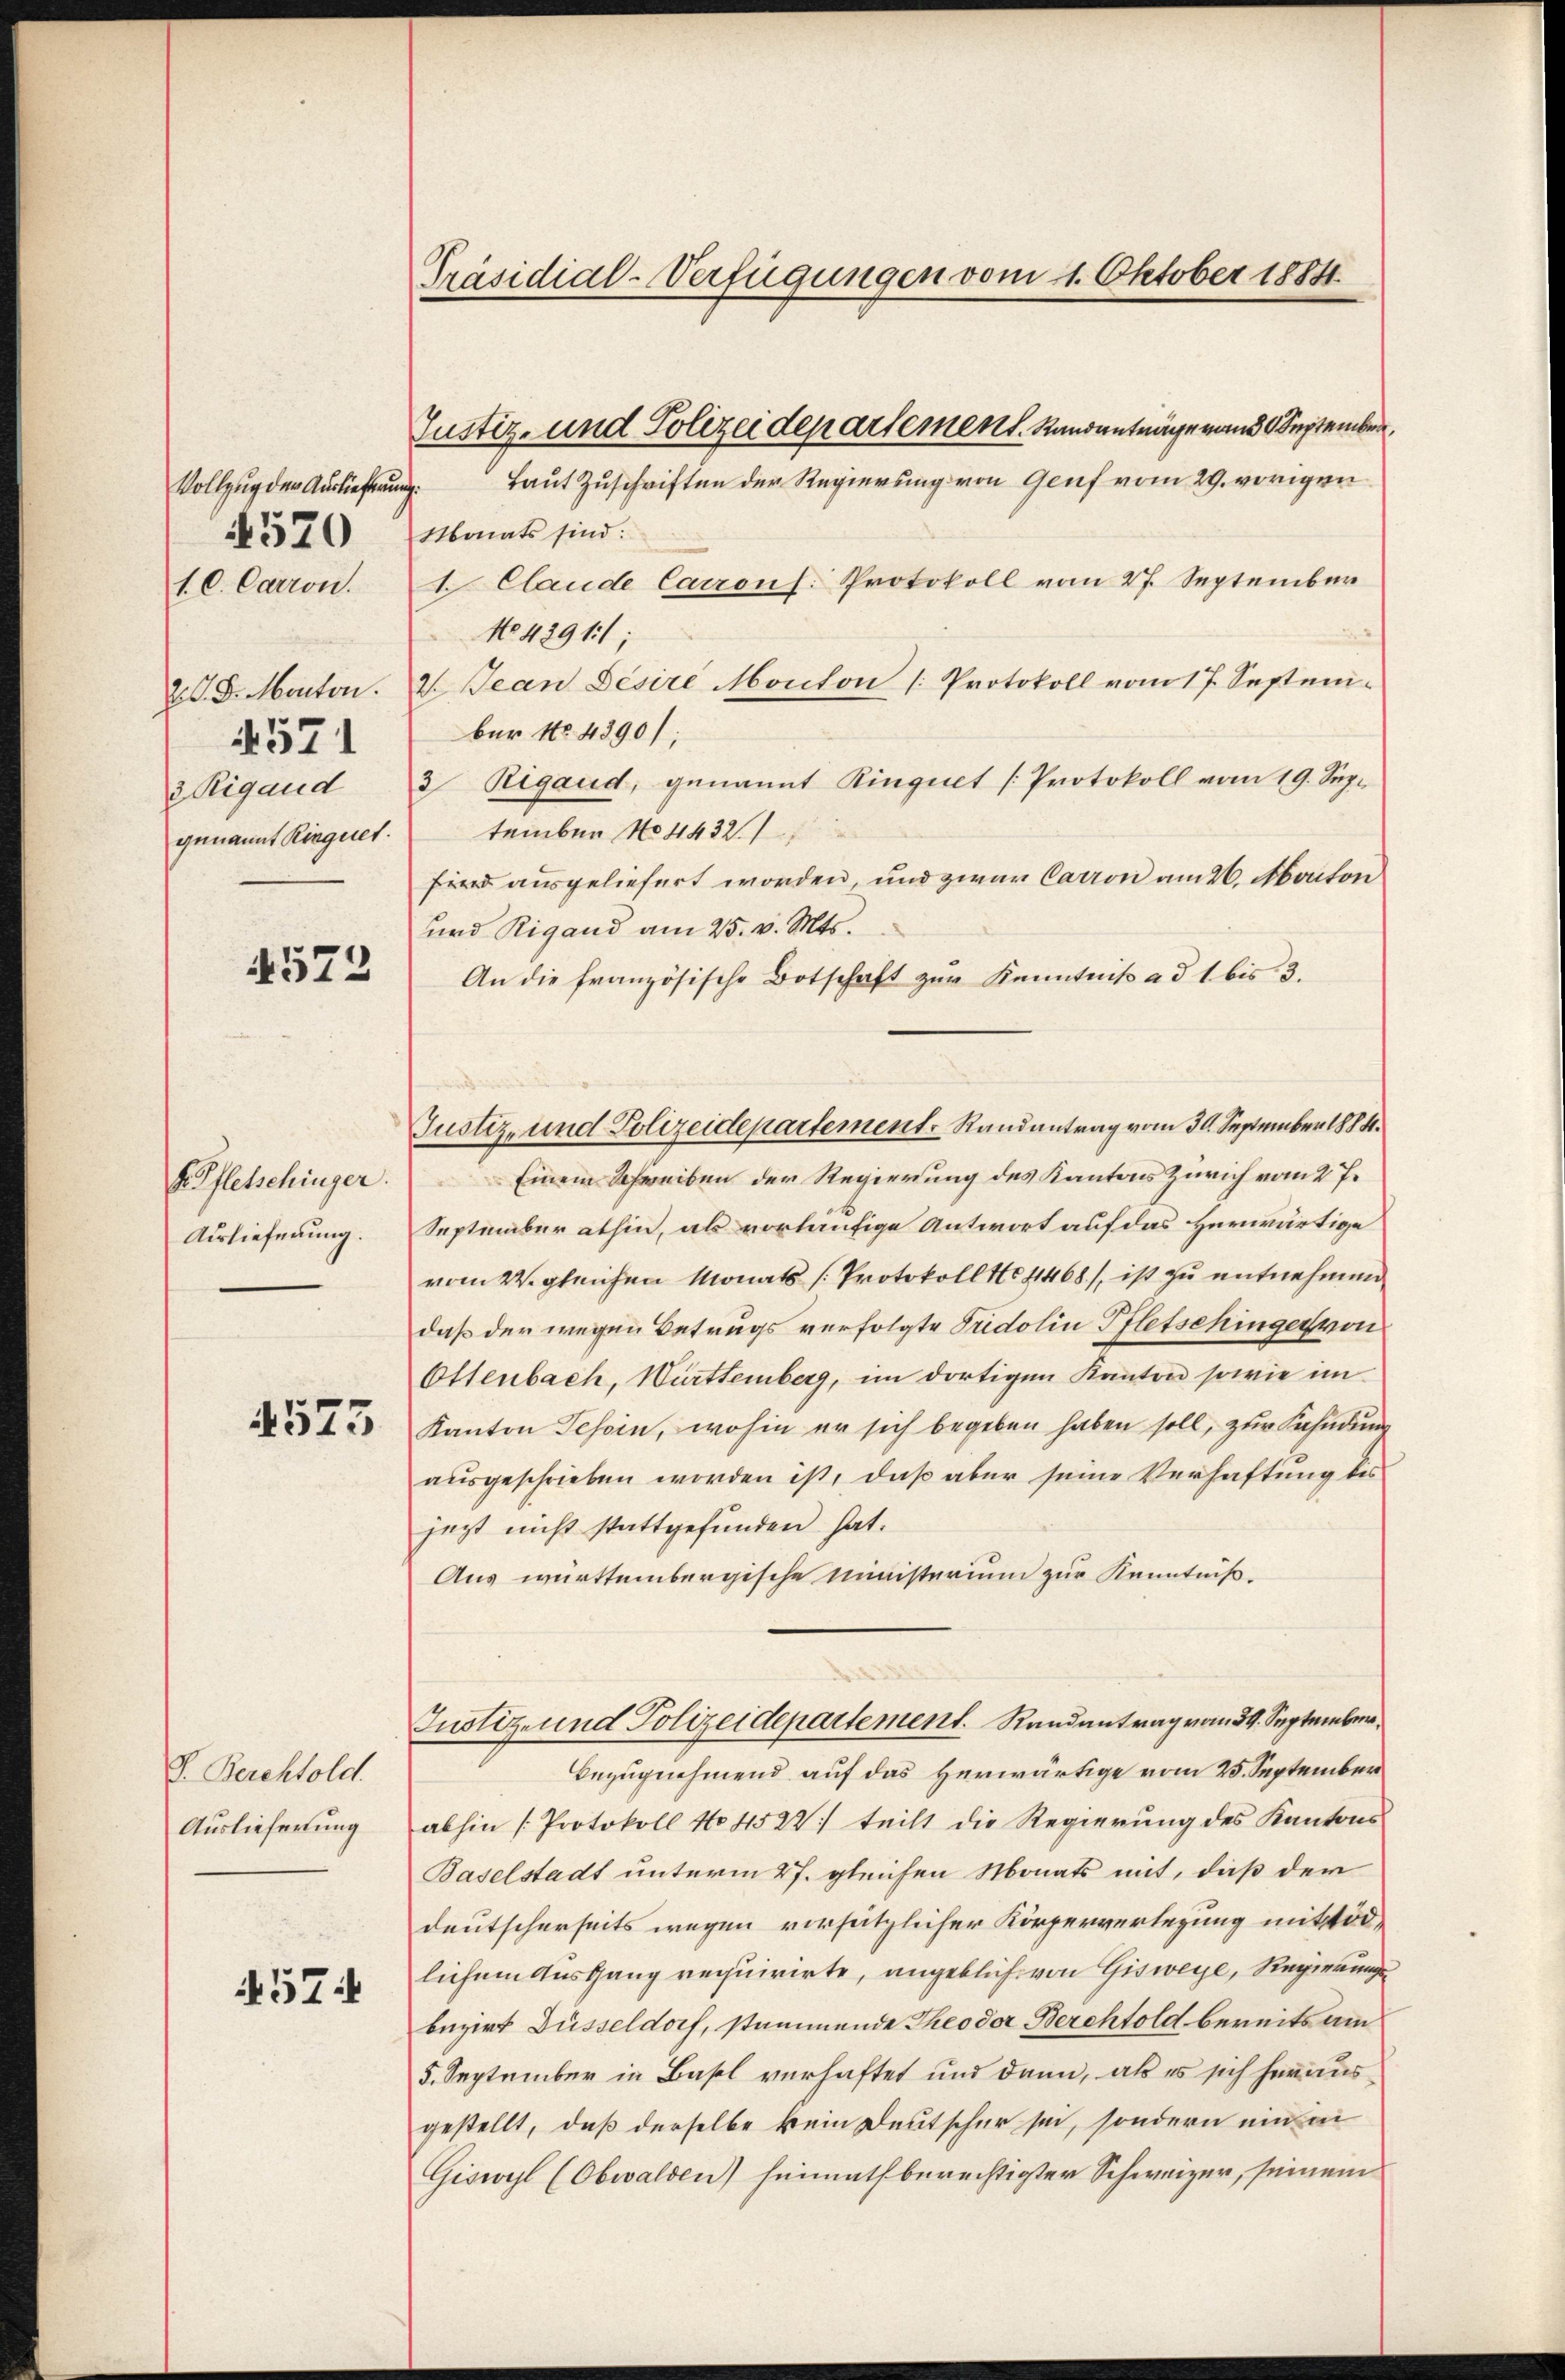
Vollzug der Auslieferung.
571
genannt Ringnet.

520

4572

KPfletschinger.
Auslieferung.

575

V. Berchtold.
Auslieferung

57

Präsidial-Verfügungen vom 1. Oktober 18841.

Laut Zuschriften der Regierung von Genf vom 29. vorigen
Monats sind:
1 l. Carron.  Claude Carrons: Protokoll vom 27. September
No 429 1/
28. Manton. 2. Jean Pésire Monton [Protokoll vom 17. Septembür No 4390;
3 Rigaud 2 Rigaud, genannt Ringuet [Protokoll vom 19. Sep.
tember No 1432
ird ausgeliefert worden, und zwar Carron am 26. Aoaton
und Rigand am 25. v. Mts.
An die französische Botschaft zur Kenntniß ad 1 bis 3.
Einem Schreiben der Regierung des Kantons Zürich vom 27.
September athin, als vorläufige Antwort auf das Herwärtige
vom 24. gleichen Monats [Protokoll No 4468), ist zu entnehmen
daß der wegen Betrugs verfolgte Fridolin Pfletschinger von
Ottenbach, Württemberg, im dortigen Kanton sowie im
Kanton Tessin, wohin er sich begeben haben soll, zur Kahndung
ausgeschrieben worden ist, daß aber seine Verhaftung bis
jezt nicht stattgefunden hat.
Aus württembergische Ministerium zur Kenntniß¬
Justiz- und Polizeidepartement. Randantrag vom 29. September,
Bezugnehmend auf das Herwärtige vom 25. September
abhin [Protokoll No 4522. teilt die Regierŭng des Kantons
Baselstadt unterm 27. gleichen Monats mit, daß der
deutscherseits wegen versätzlicher Körperverlegung mittödlichem Ausgang requirirte, angeblich von Gisweye, Regierungs
bezirk Düsseldorf, stammende Theodor Berchtold bereits am
5. September in Basel verhaftet und dann, als es sich heraus
gestellt, daß derselbe kein Deutscher sei, sondern ein ei
Giswyl (Obwalden) heimath berechtigter Schweizer, seinem

Justiz- und Polizeidepartement. Randanträge von 9 September

Justiz- und Polizeidepartement. Randantrag vom 30. September 1884.